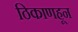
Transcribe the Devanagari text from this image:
ठिकाणहून